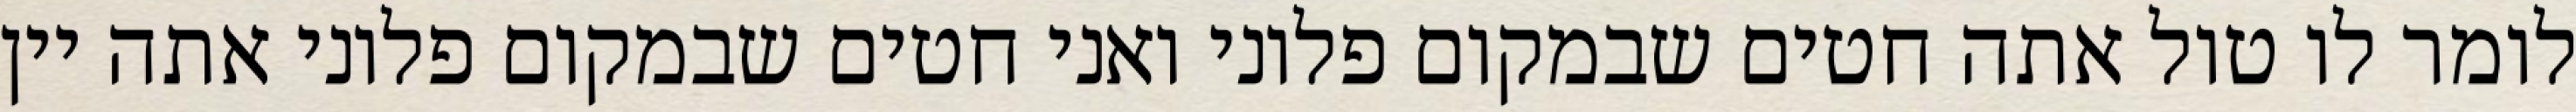
לומר לו טול אתה חטים שבמקום פלוני ואני חטים שבמקום פלוני אתה יין